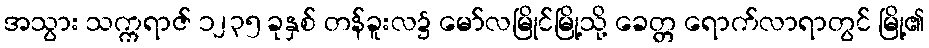
အသွား သက္ကရာဇ် ၁၂၃၅ ခုနှစ် တန်ခူးလ၌ မော်လမြိုင်မြို့သို့ ခေတ္တ ရောက်လာရာတွင် မြို့၏